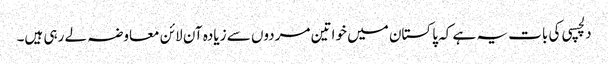
دلچسپی کی بات یہ ہے کہ پاکستان میں خواتین مردوں سے زیادہ آن لائن معاوضہ لے رہی ہیں۔